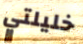
خليلتي